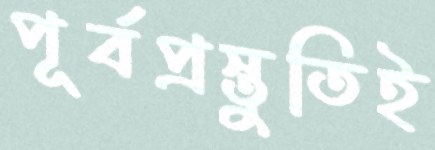
পূর্বপ্রস্তুতিই